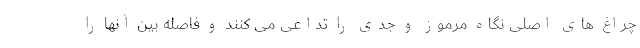
چراغ های اصلی نگاه مرموز و جدی را تداعی می کنند و فاصله بین آنها را